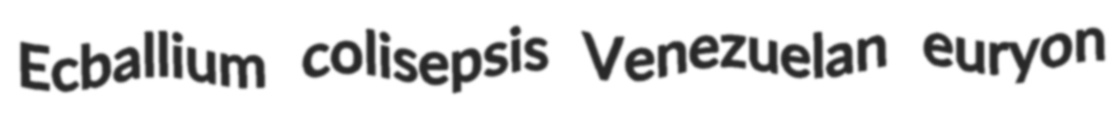
Ecballium colisepsis Venezuelan euryon